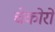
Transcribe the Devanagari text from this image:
चेकोरों